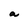
Character: a